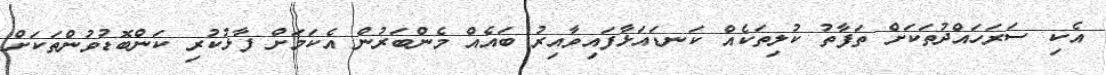
އެކި ސަރަހައްދުތަކަށް ތަފާތު ކުލިތަކެއް ކަނޑައަޅާފައިވާއިރު ބައެއް މެންބަރުން އެކަމަށް ފާޅުކުރި ކަންބޮޑުވުންތަކަށް